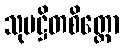
သုပဋ္ဌိတစိတ္တော